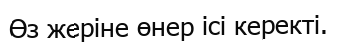
Өз жеріне өнер ісі керекті.